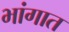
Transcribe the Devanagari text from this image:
भांगात